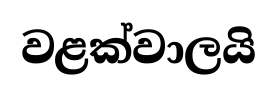
වළක්වාලයි